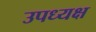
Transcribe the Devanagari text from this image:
उपध्यक्ष